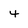
Character: 4